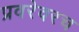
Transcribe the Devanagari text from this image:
प्रवरेवरच